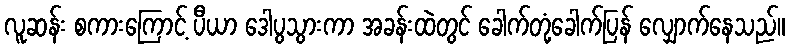
လူဆန်း စကားကြောင့် ပီယာ ဒေါပွသွားကာ အခန်းထဲတွင် ခေါက်တုံ့ခေါက်ပြန် လျှောက်နေသည်။